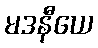
မဒနီယေ